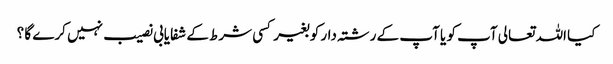
کیا اللہ تعالی آپ کو یا آپ کے رشتہ دار کو بغیر کسی شرط کے شفایابی نصیب نہیں کرے گا ؟